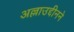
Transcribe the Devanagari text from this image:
अल्लाउद्दीनने